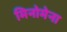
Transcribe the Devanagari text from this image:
मिनोमेना